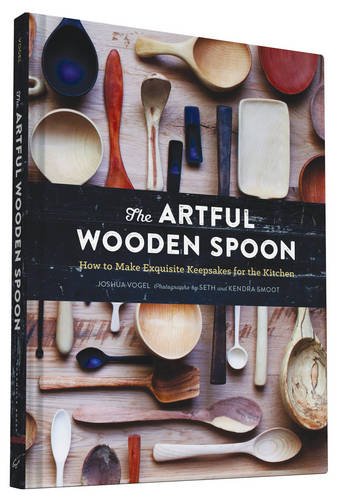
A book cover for The Artful Wooden Spoon: How to Make Exquisite Keepsakes for the Kitchen; Joshua Vogel; Crafts, Hobbies & Home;